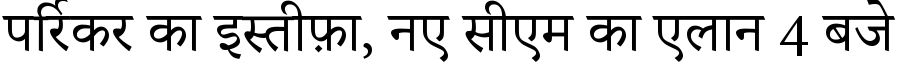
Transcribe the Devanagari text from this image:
पर्रिकर का इस्तीफ़ा, नए सीएम का एलान 4 बजे